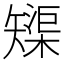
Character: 𱳦